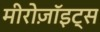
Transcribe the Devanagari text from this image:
मीरोज़ॉइट्स